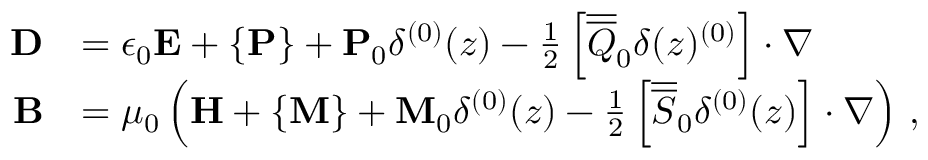
\begin{array} { r l } { \mathbf { D } } & { = \epsilon _ { 0 } \mathbf { E } + \{ \mathbf { P } \} + \mathbf { P } _ { 0 } \delta ^ { ( 0 ) } ( z ) - \frac { 1 } { 2 } \left[ \overline { { \overline { { Q } } } } _ { 0 } \delta ( z ) ^ { ( 0 ) } \right] \cdot \nabla } \\ { \mathbf { B } } & { = \mu _ { 0 } \left( \mathbf { H } + \{ \mathbf { M } \} + \mathbf { M } _ { 0 } \delta ^ { ( 0 ) } ( z ) - \frac { 1 } { 2 } \left[ \overline { { \overline { { S } } } } _ { 0 } \delta ^ { ( 0 ) } ( z ) \right] \cdot \nabla \right) \, , } \end{array}